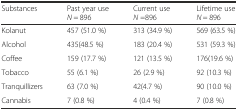
| Substances | Past year useN = 896 | Current useN =896 | Lifetime useN = 896 |
 | --- | --- | --- | --- |
 | Kolanut | 457 (51.0 %) | 313 (34.9 %) | 569 (63.5 %) |
 | Alcohol | 435(48.5 %) | 183 (20.4 %) | 531 (59.3 %) |
 | Coffee | 159 (17.7 %) | 121 (13.5 %) | 176(19.6 %) |
 | Tobacco | 55 (6.1 %) | 26 (2.9 %) | 92 (10.3 %) |
 | Tranquillizers | 63 (7.0 %) | 42(4.7 %) | 90 (10.0 %) |
 | Cannabis | 7 (0.8 %) | 4 (0.4 %) | 7 (0.8 %) |